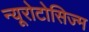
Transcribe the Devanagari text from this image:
न्यूरोटोसिज्म